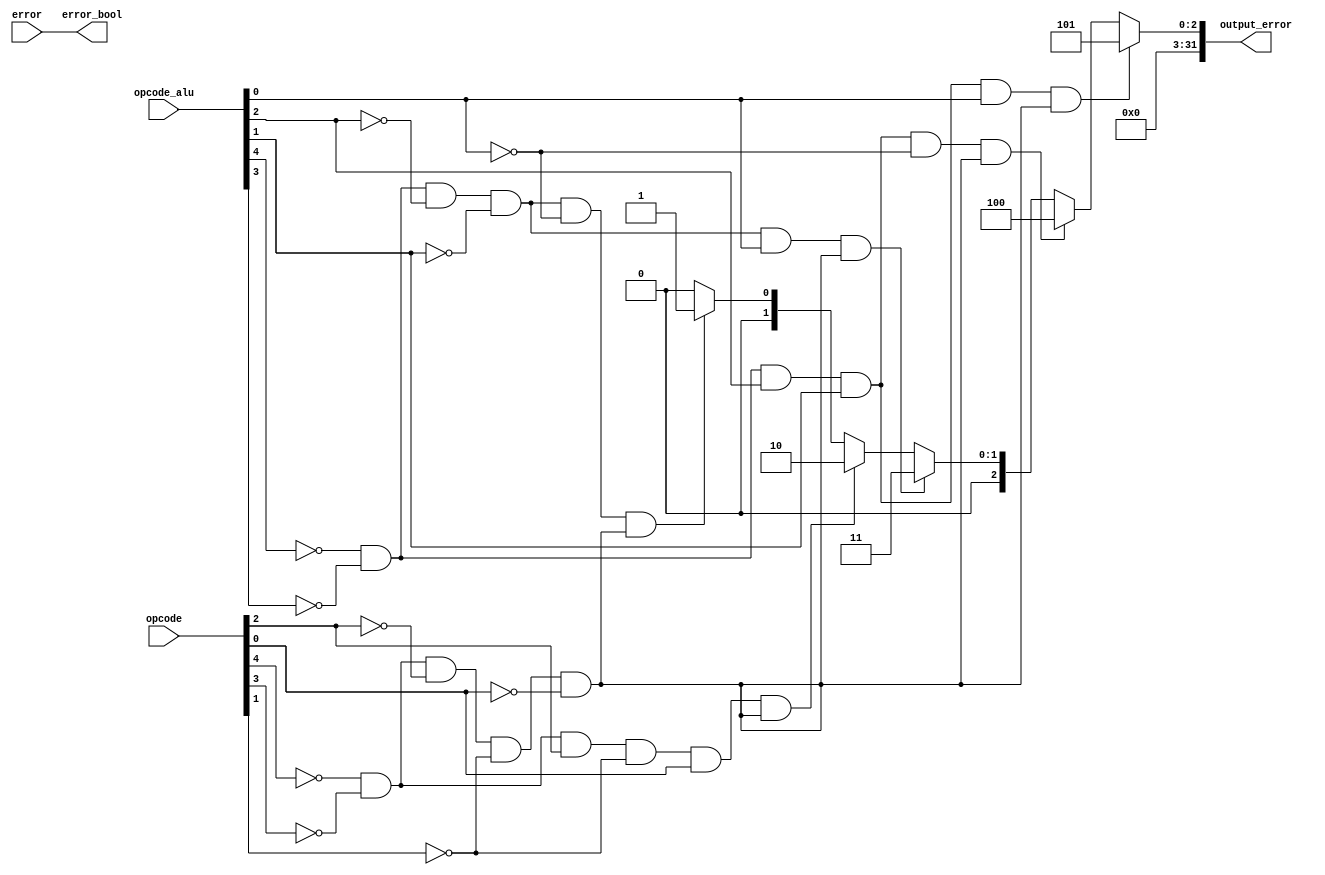
module RStatus(opcode,opcode_alu,error,output_error,error_bool);

    input[4:0] opcode,opcode_alu;
    input error;
    output[31:0] output_error;
    output error_bool;
    wire w1,w2,w3,w4,w5,zero_op;

    and check_alu(zero_op,~opcode[4],~opcode[3],~opcode[2],~opcode[1],~opcode[0]);
    and add_check(w1,~opcode_alu[4],~opcode_alu[3],~opcode_alu[2],~opcode_alu[1],~opcode_alu[0],zero_op);
    and addi_check(w2,~opcode[4],~opcode[3],opcode[2],~opcode[1],opcode[0],zero_op);
    and sub_check(w3,~opcode_alu[4],~opcode_alu[3],~opcode_alu[2],~opcode_alu[1],opcode_alu[0],zero_op);
    and mul_check(w4,~opcode_alu[4],~opcode_alu[3],opcode_alu[2],opcode_alu[1],~opcode_alu[0],zero_op);
    and div_check(w5,~opcode_alu[4],~opcode_alu[3],opcode_alu[2],opcode_alu[1],opcode_alu[0],zero_op);

    wire[31:0] add, addi, sub, mul, div; 
    assign add = w1 ? 32'd1 : 32'd0;
    assign addi = w2 ? 32'd2 : add;
    assign sub = w3 ? 32'd3 : addi;
    assign mul = w4 ? 32'd4 : sub;
    assign div = w5 ? 32'd5 : mul;

    assign output_error = div;
    assign error_bool = error;




endmodule